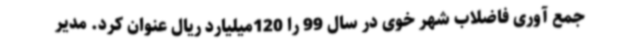
جمع آوری فاضلاب شهر خوی در سال 99 را 120میلیارد ریال عنوان کرد. مدیر